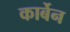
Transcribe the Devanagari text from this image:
कार्बेन